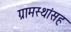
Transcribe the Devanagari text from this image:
ग्रामस्थांसह